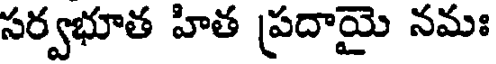
సర్వభూత హిత ప్రదాయై నమః